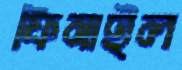
ফিনাইল